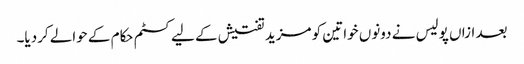
بعد ازاں پولیس نے دونوں خواتین کو مزید تفتیش کے لیے کسٹم حکام کے حوالے کردیا۔